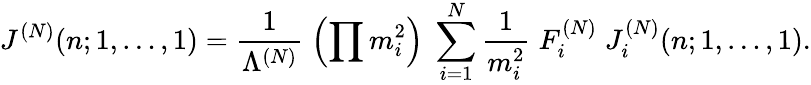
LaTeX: J^{(N)}(n;1,\ldots,1)=\frac{1}{\Lambda^{(N)}}\; \left(\prod m_{i}^{2}\right)\; \sum_{i=1}^{N}\frac{1}{m_{i}^{2}}\; F_{i}^{(N)}\; J_{i}^{(N)}(n;1,\ldots,1).